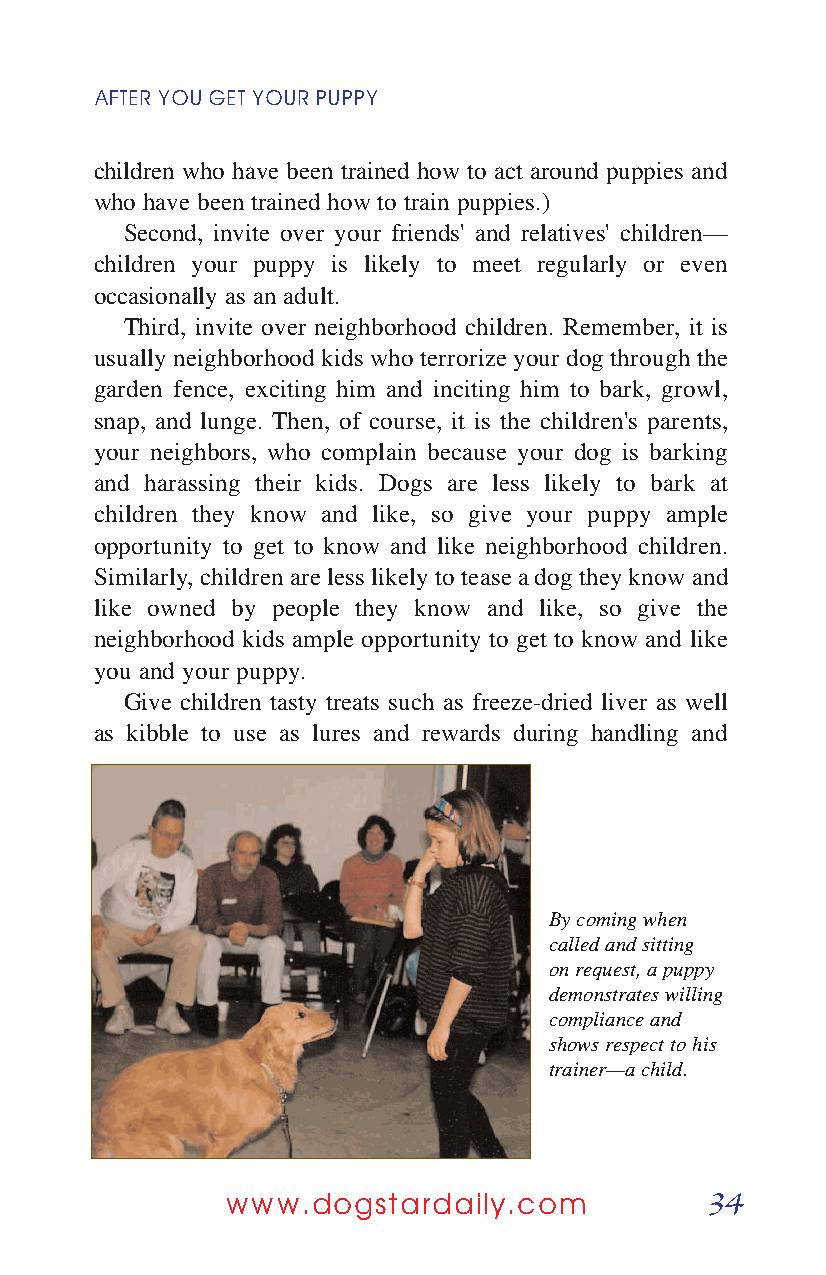
AFTER YOUGETYOURPUPPY
 children who have been trained how to act around puppies and
 who have been trained how to train puppies.)
 Second, invite over your friends' and relatives' children—
 children your puppy is likely to meet regularly or even
 occasionally as an adult.
 Third, invite over neighborhood children. Remember, it is
 usually neighborhood kids who terrorize your dog through the
 garden fence, exciting him and inciting him to bark, growl,
 snap, and lunge. Then, of course, it is the children's parents,
 your neighbors, who complain because your dog is barking
 and harassing their kids. Dogs are less likely to bark at
 children they know and like, so give your puppy ample
 opportunity to get to know and like neighborhood children.
 Similarly, children are less likely to tease a dog they know and
 like owned by people they know and like, so give the
 neighborhood kids ample opportunity to get to know and like
 you and your puppy.
 Give children tasty treats such as freeze-dried liver as well
 as kibble to use as lures and rewards during handling and
 By coming when
 called and sitting
 on request, a puppy
 demonstrates willing
 compliance and
 shows respect to his
 trainer—a child.
 34
 www.dogstardaily.com